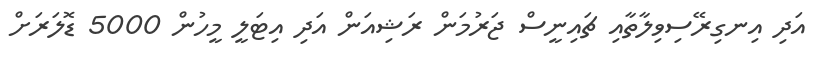
އަދި އިނގިރޭސިވިލާތާއި ޗައިނީސް ޖަރުމަން ރަޝިއަން އަދި އިޓަލީ މީހުން 5000 ޑޮލަރަށް